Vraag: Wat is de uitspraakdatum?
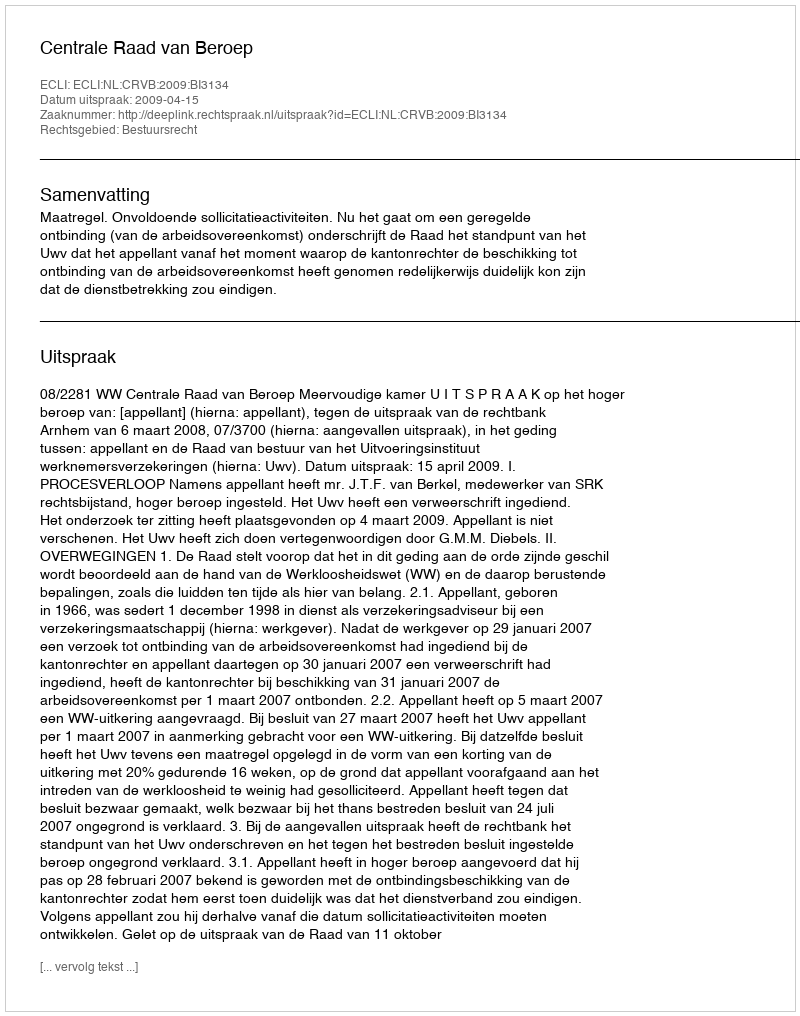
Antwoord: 2009-04-15